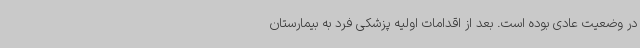
در وضعیت عادی بوده است. بعد از اقدامات اولیه پزشکی فرد به بیمارستان